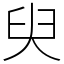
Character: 臾